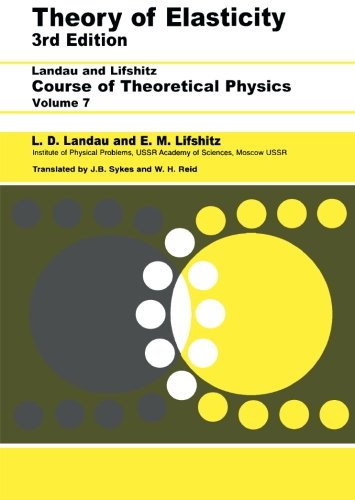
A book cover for Theory of Elasticity, Third Edition: Volume 7 (Course of Theoretical Physics); L D Landau; Science & Math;